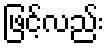
ဖြင့်လည်း